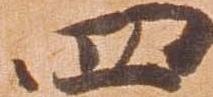
四